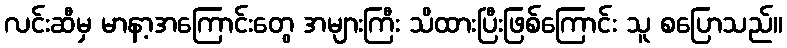
လင်းဆီမှ မာနာ့အကြောင်းတွေ အများကြီး သိထားပြီးဖြစ်ကြောင်း သူ စပြောသည်။